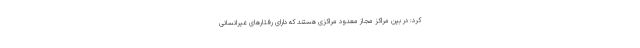
کرد: در بین مراکز مجاز معدود مراکزی هستند که دارای رفتارهای غیرانسانی